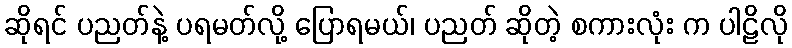
ဆိုရင် ပညတ်နဲ့ ပရမတ်လို့ ပြောရမယ်၊ ပညတ် ဆိုတဲ့ စကားလုံး က ပါဠိလို